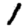
Digit: 1